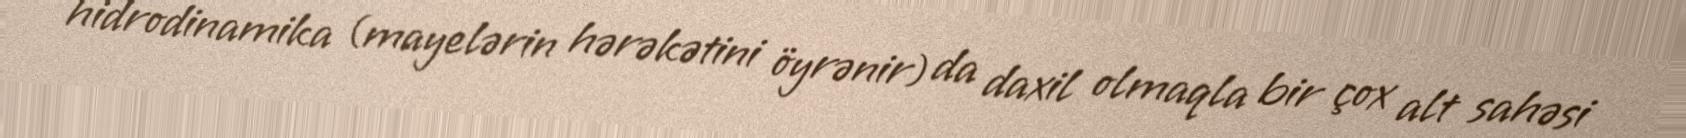
hidrodinamika (mayelərin hərəkətini öyrənir) da daxil olmaqla bir çox alt sahəsi